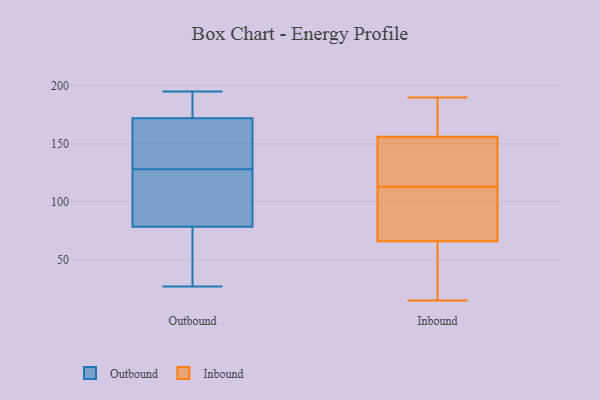
{"axis": {"x": "Shipments", "y": "Value"}, "legend": ["Inbound", "Outbound"], "data": [{"x": "", "y": 115, "type": "Outbound"}, {"x": "", "y": 128, "type": "Outbound"}, {"x": "", "y": 41, "type": "Outbound"}, {"x": "", "y": 149, "type": "Outbound"}, {"x": "", "y": 190, "type": "Outbound"}, {"x": "", "y": 97, "type": "Outbound"}, {"x": "", "y": 148, "type": "Outbound"}, {"x": "", "y": 86, "type": "Outbound"}, {"x": "", "y": 102, "type": "Outbound"}, {"x": "", "y": 163, "type": "Outbound"}, {"x": "", "y": 31, "type": "Outbound"}, {"x": "", "y": 76, "type": "Outbound"}, {"x": "", "y": 181, "type": "Outbound"}, {"x": "", "y": 60, "type": "Outbound"}, {"x": "", "y": 195, "type": "Outbound"}, {"x": "", "y": 172, "type": "Outbound"}, {"x": "", "y": 187, "type": "Outbound"}, {"x": "", "y": 27, "type": "Outbound"}, {"x": "", "y": 172, "type": "Outbound"}, {"x": "", "y": 36, "type": "Inbound"}, {"x": "", "y": 156, "type": "Inbound"}, {"x": "", "y": 119, "type": "Inbound"}, {"x": "", "y": 94, "type": "Inbound"}, {"x": "", "y": 15, "type": "Inbound"}, {"x": "", "y": 122, "type": "Inbound"}, {"x": "", "y": 164, "type": "Inbound"}, {"x": "", "y": 87, "type": "Inbound"}, {"x": "", "y": 66, "type": "Inbound"}, {"x": "", "y": 49, "type": "Inbound"}, {"x": "", "y": 185, "type": "Inbound"}, {"x": "", "y": 107, "type": "Inbound"}, {"x": "", "y": 190, "type": "Inbound"}, {"x": "", "y": 125, "type": "Inbound"}]}